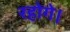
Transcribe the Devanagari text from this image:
रहोगे।